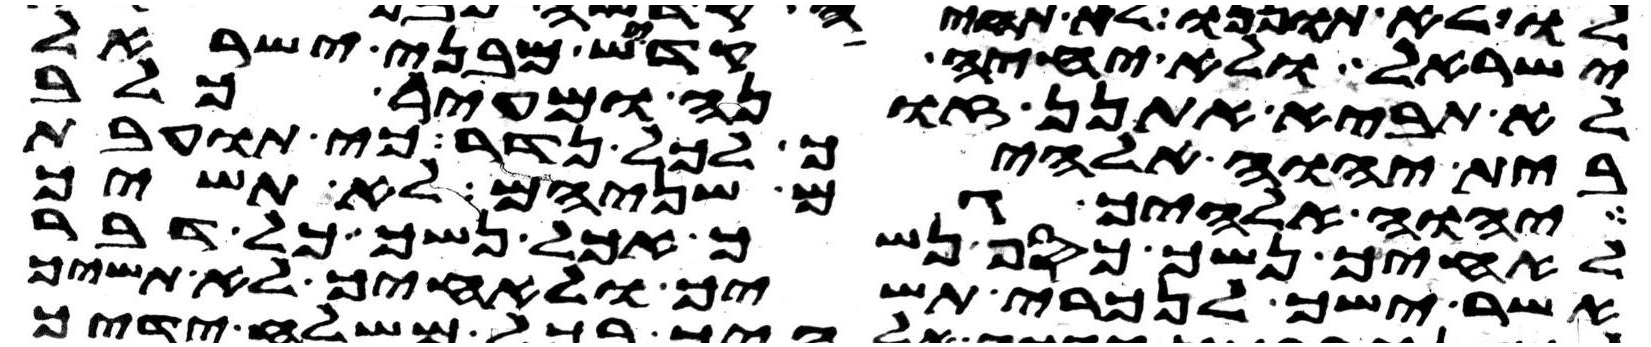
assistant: ישראל ולא יחיה קדש מבני ישראל
לא תביא אתנן זונה ומחיר כלב
בית יהוה אלהיך לכל נדר כי תועבת
יהוה אלהיך גם שניהם לא תשיך
לאחיך נשך כסף נשך אכל נשך כל דבר
אשר ישך לנכרי תשיך ולאחיך לא תשיך